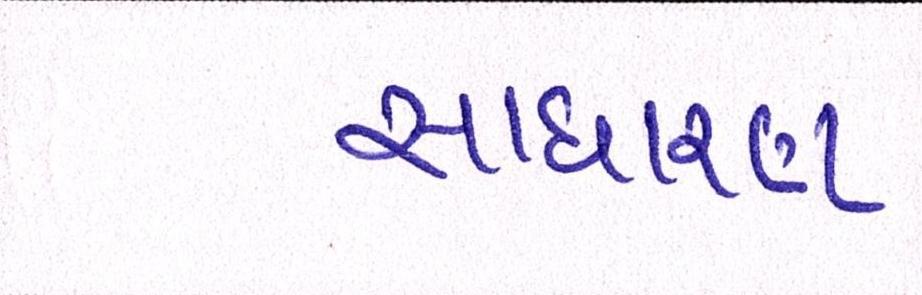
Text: સાધારણ